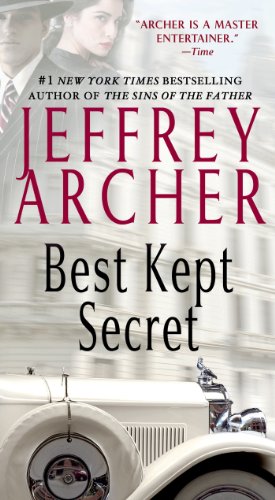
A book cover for Best Kept Secret (The Clifton Chronicles); Jeffrey Archer; Mystery, Thriller & Suspense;